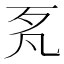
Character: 𱥋